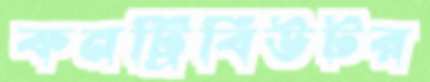
কনট্রিবিউটর